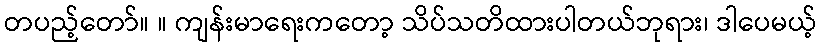
တပည့်တော်။ ။ ကျန်းမာရေးကတော့ သိပ်သတိထားပါတယ်ဘုရား၊ ဒါပေမယ့်